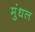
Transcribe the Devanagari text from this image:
मुंधल